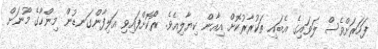
ފަހަރަށްވެސް ލަވައިގެ އެބައި ތަކުރާރުކޮށް އިއާން ކިޔާލިއެވެ. ރޯކޮށްފައިވި އަލިފާންގަނޑުން މިންހާގެ މޫނަށް